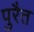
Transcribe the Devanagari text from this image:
पुरैत